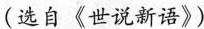
(选自《世说新语》)